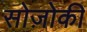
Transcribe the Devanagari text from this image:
सोज़ोकी